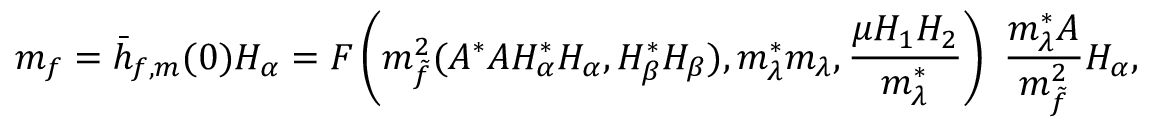
m _ { f } = \bar { h } _ { f , m } ( 0 ) H _ { \alpha } = { \cal F } \left( m _ { \tilde { f } } ^ { 2 } ( A ^ { * } A H _ { \alpha } ^ { * } H _ { \alpha } , H _ { \beta } ^ { * } H _ { \beta } ) , m _ { \lambda } ^ { * } m _ { \lambda } , \frac { \mu H _ { 1 } H _ { 2 } } { m _ { \lambda } ^ { * } } \right) ~ { \frac { m _ { \lambda } ^ { * } A } { m _ { \tilde { f } } ^ { 2 } } } H _ { \alpha } ,